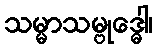
သမ္မာသမ္ဗုဒ္ဓေါ၊